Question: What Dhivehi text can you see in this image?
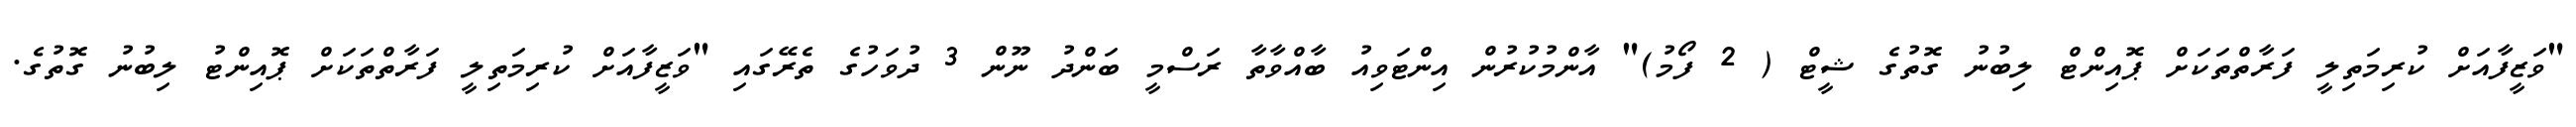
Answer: "ވަޒީފާއަށް ކުރިމަތިލީ ފަރާތްތަކަށް ޕޮއިންޓް ލިބުނު ގޮތުގެ ޝީޓް ( 2 ފޯމު)" އާންމުކުރުން އިންޓަވިއު ބާއްވާތާ ރަސްމީ ބަންދު ނޫން 3 ދުވަހުގެ ތެރޭގައި "ވަޒީފާއަށް ކުރިމަތިލީ ފަރާތްތަކަށް ޕޮއިންޓު ލިބުނު ގޮތުގެ.